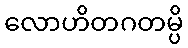
လောဟိတဂတမ္ပိ